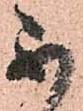
不